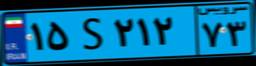
۱۵S۲۱۲۷۳